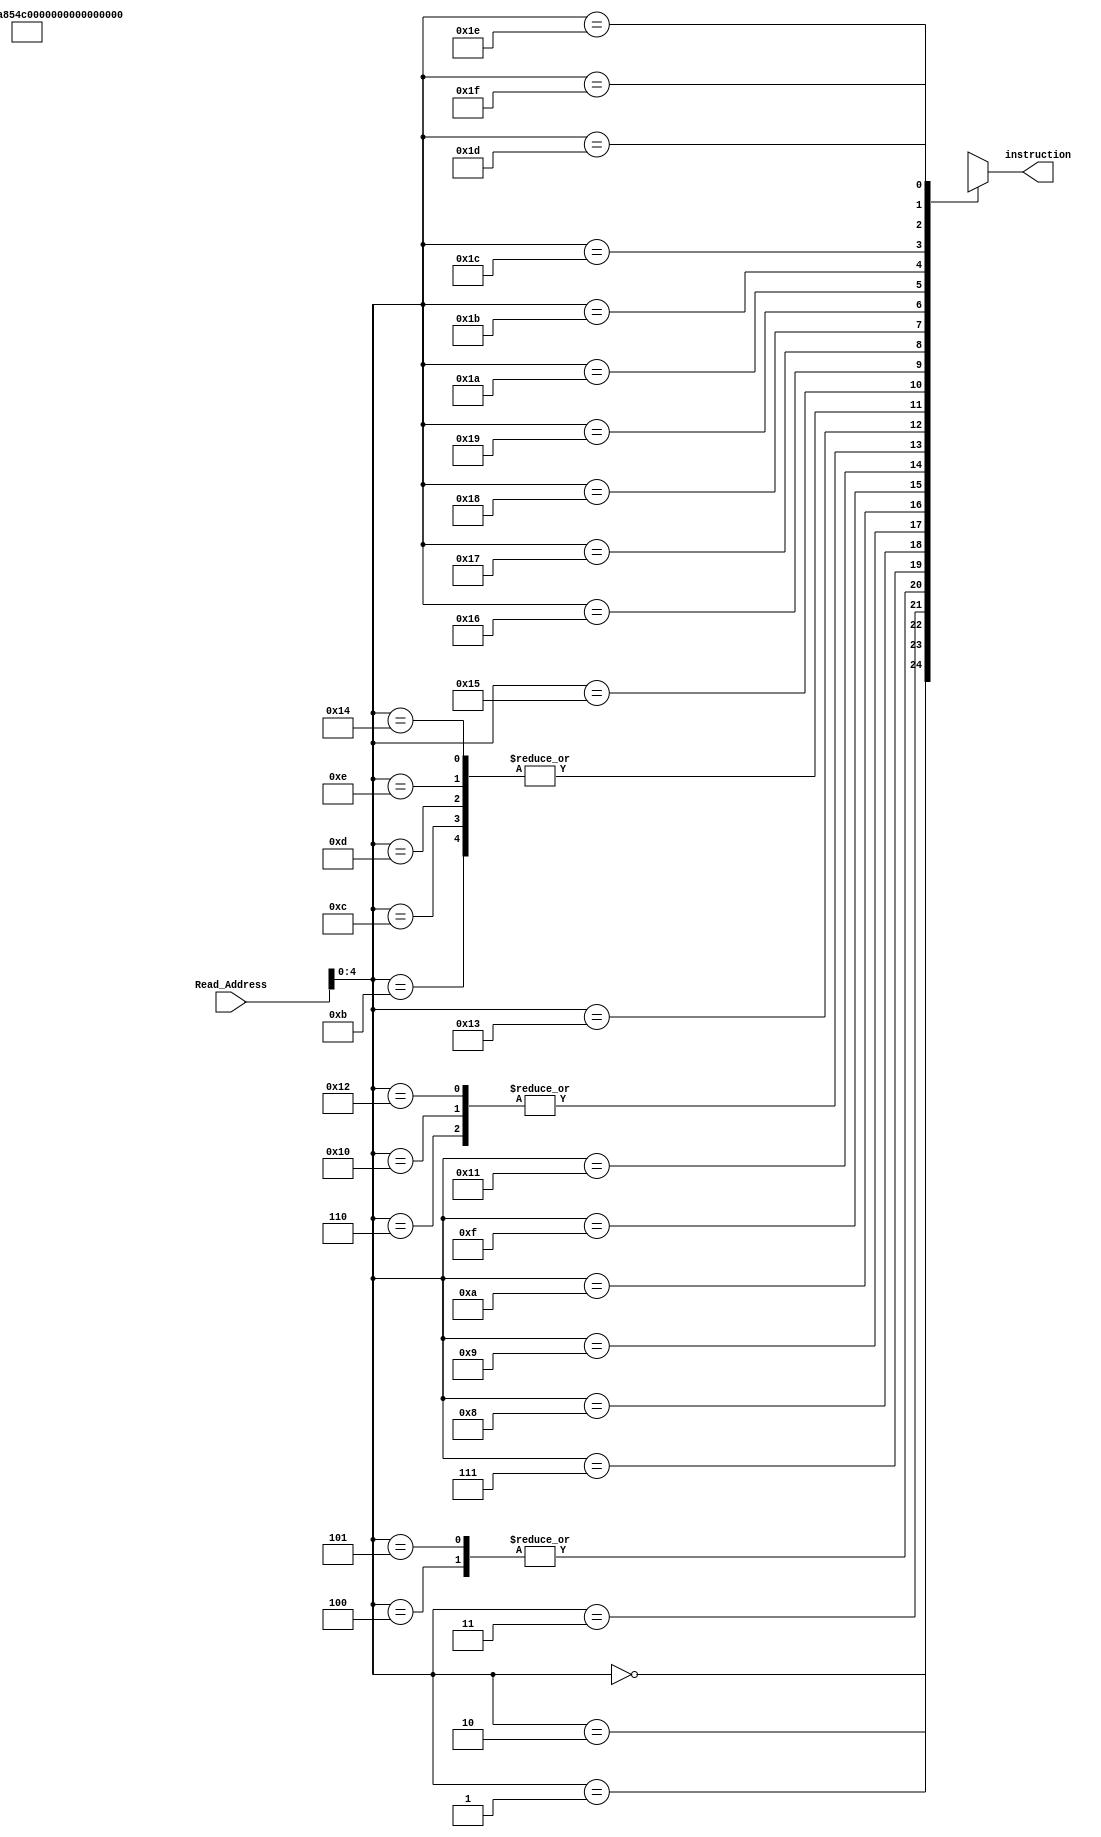
`timescale 1ns / 1ps
//////////////////////////////////////////////////////////////////////////////////
// Company: 
// Engineer: 
// 
// Design Name: 
// Module Name:    IMEM 
// Project Name: 
// Target Devices: 
// Tool versions: 
// Description: 
//
// Dependencies: 
//
// Revision: 
// Revision 0.01 - File Created
// Additional Comments: 
//
//////////////////////////////////////////////////////////////////////////////////
module IMEM(instruction,Read_Address);
	
	output [7:0] instruction;

	input [7:0] Read_Address;

	wire [7:0] memory[31:0]; //32 words (bytes) of memory, just example..
	
	////// Basic Operation Test Set ///
	
	// lw $s2, 1($s0)
		assign memory[0] = 8'b01100101; //$s1 = Mem[$s2 + 1] = Mem[1] = 1
		assign memory[1] = 8'b10000100; //$Mem[$s0 + 0] = Mem[0] = $s1 = 1
		assign memory[2] = 8'b01011000; //$s2 = Mem[$s1 + 0] = Mem[1] = 1
		assign memory[3] = 8'b00100111; //$s3 = $s2 + $s1 = 2
		assign memory[4] = 8'b00111010; //$s2 = $s3 + $s2 = 3
 
		assign memory[5] = 8'b00111010; //$s2 = $s3 + $s2 = 5
		assign memory[6] = 8'b00101101; //$s1 = $s2 + $s3 = 7
		assign memory[7] = 8'b10000101; //Mem[$0 + 1] = Mem[1] = $s1 = 7
		assign memory[8] = 8'b01001101; //$s3 = Mem[$s0 + 1] = Mem[1] = 7

		assign memory[9] = 8'b00011110; //$s2 = $s1 + $s3 = 0E(14)
		assign memory[10] = 8'b01000100; //$s1 = Mem[$s0 + 0] = Mem[0] = 1
		assign memory[11] = 8'b00011010; //$s2 = $s1 + $s2 = 0F(15)
		assign memory[12] = 8'b00011010; //$s2 = $s1 + $s2 = 10(16)

		assign memory[13] = 8'b00011010; //$s2 = $s1 + $s2 = 11(17)
		assign memory[14] = 8'b00011010; //$s2 = $s1 + $s2 = 12(18)
		assign memory[15] = 8'b01101111; //$s3 = Mem[$s2 - 1] = Mem[17] = FF(-1)
		assign memory[16] = 8'b00101101; //$s1 = $s2 + $s3 = 11(17)

		assign memory[17] = 8'b01101001; //$s2 = Mem[$s2 + 1] = Mem[19] = FD(-3)
		assign memory[18] = 8'b00101101; //$s1 = $s2 + $s3 = FC(-4)
		assign memory[19] = 8'b11000001; // jump to Next PC + 1
		assign memory[20] = 8'b00011010; // garbage

		assign memory[21] = 8'b01000101; // $s1 = Mem[$s0 + 1] = Mem[1] = 7

	assign instruction = memory[Read_Address];
endmodule